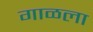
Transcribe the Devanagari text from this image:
गाळला